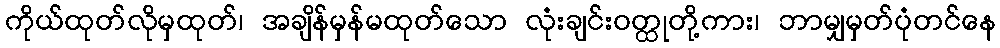
ကိုယ်ထုတ်လိုမှထုတ်၊ အချိန်မှန်မထုတ်သော လုံးချင်းဝတ္ထုတို့ကား၊ ဘာမျှမှတ်ပုံတင်နေ